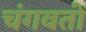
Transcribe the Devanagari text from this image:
चंगवतों